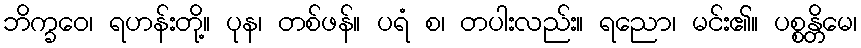
ဘိက္ခဝေ၊ ရဟန်းတို့။ ပုန၊ တစ်ဖန်။ ပရံ စ၊ တပါးလည်း။ ရညော၊ မင်း၏။ ပစ္စန္တိမေ၊